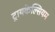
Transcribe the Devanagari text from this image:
ट्रायकेल्सियम